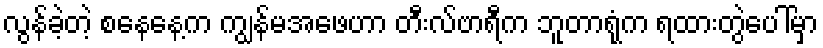
လွန်ခဲ့တဲ့ စနေနေ့က ကျွန်မအဖေဟာ တီးလ်ဗာရီက ဘူတာရုံက ရထားတွဲပေါ်မှာ